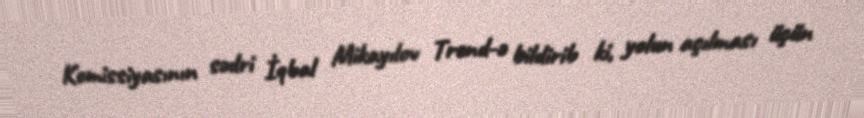
Komissiyasının sədri İqbal Mikayılov Trend-ə bildirib ki, yolun açılması üçün